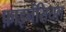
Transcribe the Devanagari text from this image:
फ़ाइनेंसियल